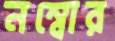
নম্বোর